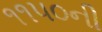
૧૧૫૦ની